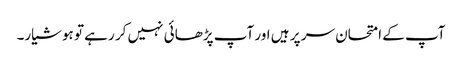
آپ کے امتحان سر پر ہیں اور آپ پڑھائی نہیں کر رہے تو ہوشیار۔